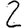
Digit: 2